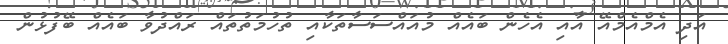
އަދި އެމްއެމްއޭ އާއި އެހެން ބައެއް މުއައްސަސާތަކާއި ތުހުމަތުތައް ރައްދުވާ ބައެއް ބޭފުޅުން